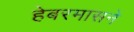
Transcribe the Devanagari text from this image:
हेबरमासने